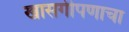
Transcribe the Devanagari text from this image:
खासगीपणाचा